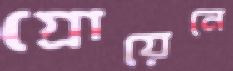
গ্রোয়েনে